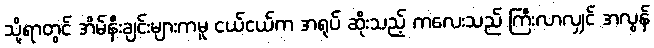
သို့ရာတွင် အိမ်နီးချင်းများကမူ ငယ်ငယ်က အရုပ် ဆိုးသည့် ကလေးသည် ကြီးလာလျှင် အလွန်